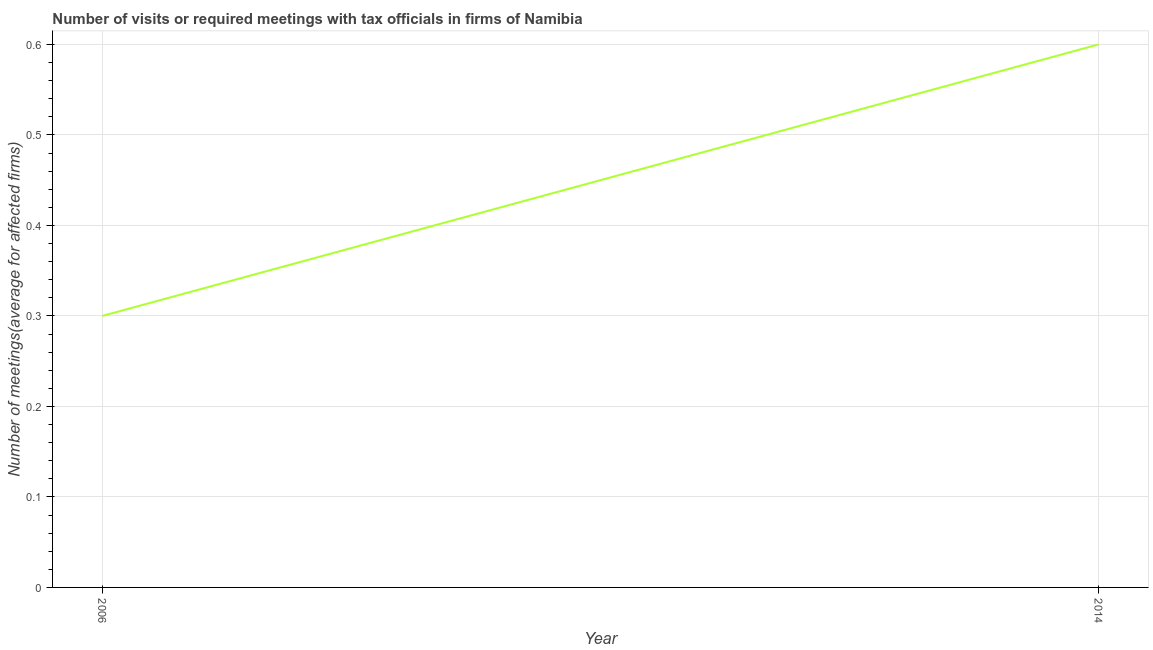
| Year | Meetings with tax officials |
 | --- | --- |
 | 2006 | 0.3 |
 | 2014 | 0.6 |